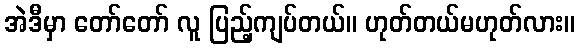
အဲဒီမှာ တော်တော် လူ ပြည့်ကျပ်တယ်။ ဟုတ်တယ်မဟုတ်လား။